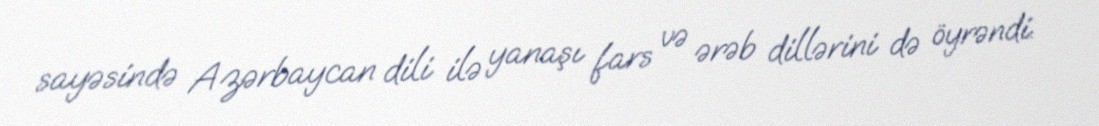
sayəsində Azərbaycan dili ilə yanaşı fars və ərəb dillərini də öyrəndi.